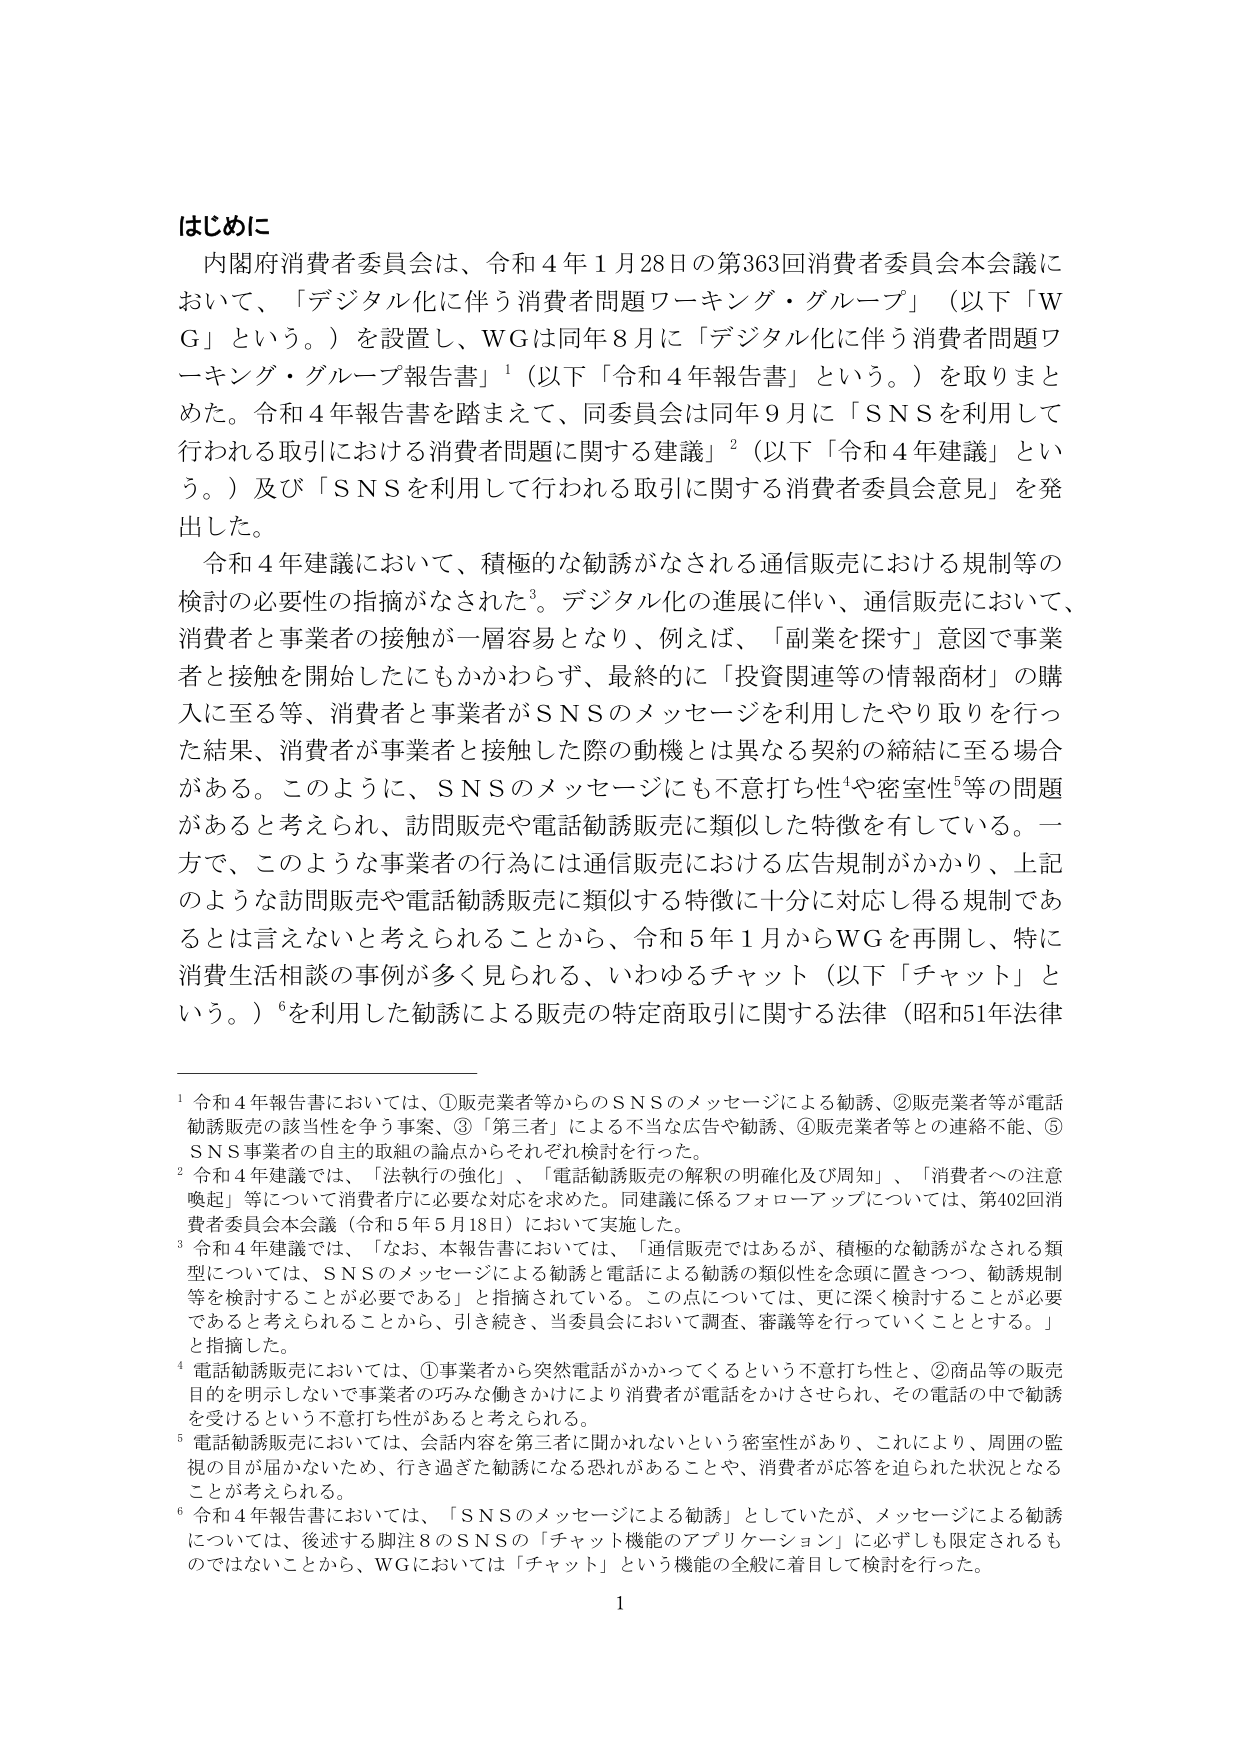
はじめに
内閣府消費者委員会は、令和４年１月28日の第363回消費者委員会本会議において、「デジタル化に伴う消費者問題ワーキング・グループ」（以下「WG」という。）を設置し、WGは同年８月に「デジタル化に伴う消費者問題ワーキング・グループ報告書」¹（以下「令和４年報告書」という。）を取りまとめた。令和４年報告書を踏まえて、同委員会は同年９月に「SNSを利用して行われる取引における消費者問題に関する建議」²（以下「令和４年建議」という。）及び「SNSを利用して行われる取引に関する消費者委員会意見」を発出した。

令和４年建議において、積極的な勧誘がなされる通信販売における規制等の検討の必要性の指摘がなされた³。デジタル化の進展に伴い、通信販売において、消費者と事業者の接触が一層容易となり、例えば、「副業を探す」意図で事業者と接触を開始したにもかかわらず、最終的に「投資関連等の情報商材」の購入に至る等、消費者と事業者がSNSのメッセージを利用したやり取りを行った結果、消費者が事業者と接触した際の動機とは異なる契約の締結に至る場合がある。このように、SNSのメッセージにも不意打ち性⁴や密室性⁵等の問題があると考えられ、訪問販売や電話勧誘販売に類似した特徴を有している。一方で、このような事業者の行為には通信販売における広告規制がかかり、上記のような訪問販売や電話勧誘販売に類似する特徴に十分に対応し得る規制であるとは言えないと考えられることから、令和５年１月からWGを再開し、特に消費生活相談の事例が多く見られる、いわゆるチャット（以下「チャット」という。）⁶を利用した勧誘による販売の特定商取引に関する法律（昭和51年法律

¹ 令和４年報告書においては、①販売業者等からのSNSのメッセージによる勧誘、②販売業者等が電話勧誘販売の該当性を争う事案、③「第三者」による不当な広告や勧誘、④販売業者等との連絡不能、⑤SNS事業者の自主的取組の論点からそれぞれ検討を行った。
² 令和４年建議では、「法執行の強化」、「電話勧誘販売の解釈の明確化及び周知」、「消費者への注意喚起」等について消費者庁に必要な対応を求めた。同建議に係るフォローアップについては、第402回消費者委員会本会議（令和５年５月18日）において実施した。
³ 令和４年建議では、「なお、本報告書においては、「通信販売ではあるが、積極的な勧誘がなされる類型については、SNSのメッセージによる勧誘と電話による勧誘の類似性を念頭に置きつつ、勧誘規制等を検討することが必要である」と指摘されている。この点については、更に深く検討することが必要であると考えられることから、引き続き、当委員会において調査、審議等を行っていくこととする。」と指摘した。
⁴ 電話勧誘販売においては、①事業者から突然電話がかかってくるという不意打ち性と、②商品等の販売目的を明示しないで事業者の巧みな働きかけにより消費者が電話をかけさせられ、その電話の中で勧誘を受けるという不意打ち性があると考えられる。
⁵ 電話勧誘販売においては、会話内容を第三者に聞かれないという密室性があり、これにより、周囲の監視の目が届かないため、行き過ぎた勧誘になる恐れがあることや、消費者が応答を迫られた状況となることが考えられる。
⁶ 令和４年報告書においては、「SNSのメッセージによる勧誘」としていたが、メッセージによる勧誘については、後述する脚注８のSNSの「チャット機能のアプリケーション」に必ずしも限定されるものではないことから、WGにおいては「チャット」という機能の全般に着目して検討を行った。

1